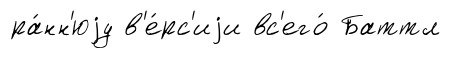
ра́нн'юjу в'е́рс'иjи вс'его́ Баттл